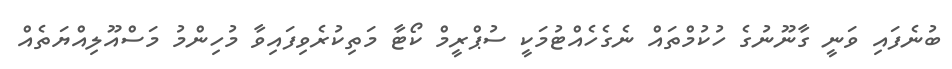
ބުނެފައި ވަނީ ގާނޫނުގެ ހުކުމްތައް ނެގެހެއްޓުމަކީ ސުޕްރީމް ކޯޓާ މަތިކުރެވިފައިވާ މުހިންމު މަސްއޫލިއްޔަތެއް